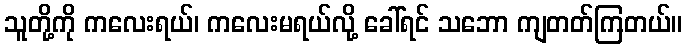
သူတို့ကို ကလေးရယ်၊ ကလေးမရယ်လို့ ခေါ်ရင် သဘော ကျတတ်ကြတယ်။